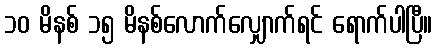
၁၀ မိနစ် ၁၅ မိနစ်လောက်လျှောက်ရင် ရောက်ပါပြီ။